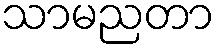
သာမညတာ